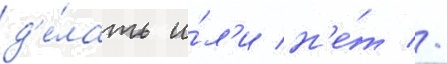
д'е́лать и́л'и н'е́т //